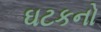
ઘટકનો